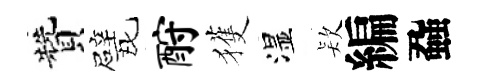
贊戏酹獲湿𣣇編蝨